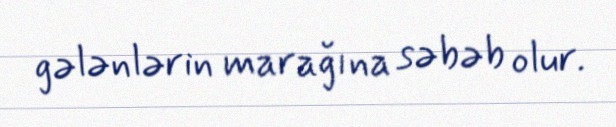
gələnlərin marağına səbəb olur.